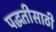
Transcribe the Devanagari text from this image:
पद्धतीसाठी